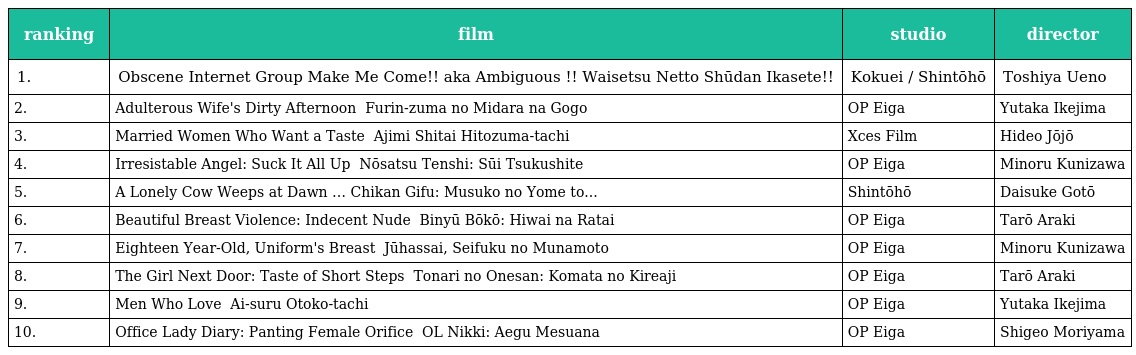
| ranking | film | studio | director |
 | --- | --- | --- | --- |
 | 1. | Obscene Internet Group Make Me Come!! aka Ambiguous 猥褻ネット集団　いかせて!! Waisetsu Netto Shūdan Ikasete!! | Kokuei / Shintōhō | Toshiya Ueno |
 | 2. | Adulterous Wife's Dirty Afternoon 不倫妻の淫らな午後 Furin-zuma no Midara na Gogo | OP Eiga | Yutaka Ikejima |
 | 3. | Married Women Who Want a Taste 味見したい人妻たち Ajimi Shitai Hitozuma-tachi | Xces Film | Hideo Jōjō |
 | 4. | Irresistable Angel: Suck It All Up 悩殺天使　吸い尽くして Nōsatsu Tenshi: Sūi Tsukushite | OP Eiga | Minoru Kunizawa |
 | 5. | A Lonely Cow Weeps at Dawn 痴漢義父　息子の嫁と… Chikan Gifu: Musuko no Yome to... | Shintōhō | Daisuke Gotō |
 | 6. | Beautiful Breast Violence: Indecent Nude 美乳暴行　ひわいな裸身 Binyū Bōkō: Hiwai na Ratai | OP Eiga | Tarō Araki |
 | 7. | Eighteen Year-Old, Uniform's Breast 十八歳、制服の胸元 Jūhassai, Seifuku no Munamoto | OP Eiga | Minoru Kunizawa |
 | 8. | The Girl Next Door: Taste of Short Steps 隣のお姉さん　小股の斬れ味 Tonari no Onesan: Komata no Kireaji | OP Eiga | Tarō Araki |
 | 9. | Men Who Love 恋する男たち Ai-suru Otoko-tachi | OP Eiga | Yutaka Ikejima |
 | 10. | Office Lady Diary: Panting Female Orifice ＯＬ日記　あえぐ牝穴 OL Nikki: Aegu Mesuana | OP Eiga | Shigeo Moriyama |